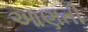
આણતી